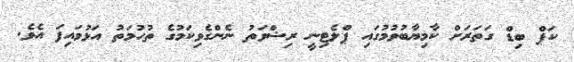
ކަޕް ބިޑް ގަތަރަށް ކާމިޔާބުވުމުގައި ޕްލެޓިނީ ރިޝްވަތު ނެންގެވިކަމުގެ ތުހުމަތު އަޅުވައިފަ އެވެ.